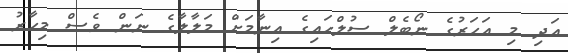
އަދި މި އަހަރުގެ ނޯބެލް ސުލްހައިގެ އިނާމަށް މަލާލާގެ ނަން ވެސް މިހާރު